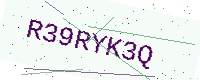
Text: R39RYK3Q